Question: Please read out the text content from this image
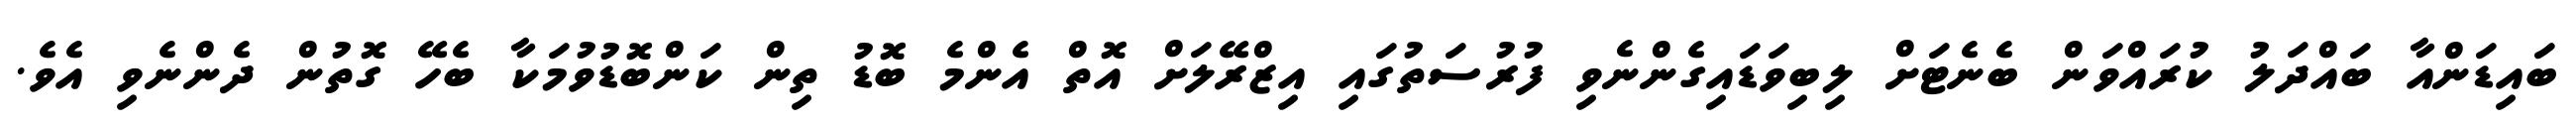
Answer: ބައިޑަންއާ ބައްދަލު ކުރައްވަން ބެނެޓަށް ލިބިވަޑައިގެންނެވި ފުރުސަތުގައި އިޒްރޭލަށް އޮތް އެންމެ ބޮޑު ތިން ކަންބޮޑުވުމަކާ ބެހޭ ގޮތުން ދެންނެވި އެވެ.